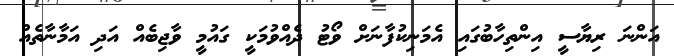
އަންނަ ރިޔާސީ އިންތިހާބުގައި އެމަނިކުފާނަށް ވޯޓު ދެއްވުމަކީ ގައުމީ ވާޖިބެއް އަދި އަމާނާތެއް